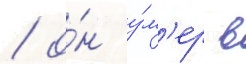
/ о́н у́м'ер в